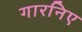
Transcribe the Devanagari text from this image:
गारनिए